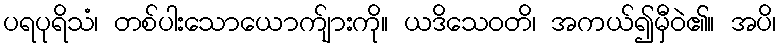
ပရပုရိသံ၊ တစ်ပါးသောယောက်ျားကို။ ယဒိသေဝတိ၊ အကယ်၍မှီဝဲ၏။ အပိ၊